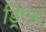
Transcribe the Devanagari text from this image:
ड्रिएम